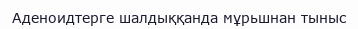
Аденоидтерге шалдыққанда мұрьшнан тыныс